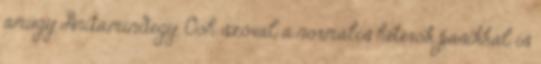
amúgy Anita,mindegy. Ooh szóval a normális heterók pasikkal is